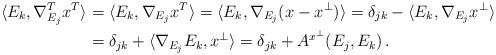
LaTeX: \begin{align*}\langle E_k ,\nabla_{E_j}^T x^T \rangle &= \langle E_k , \nabla_{E_j} x^T \rangle = \langle E_k , \nabla_{E_j} (x-x^{\perp}) \rangle = \delta_{jk} - \langle E_k , \nabla_{E_j} x^{\perp} \rangle \\&= \delta_{jk} +\langle \nabla_{E_j} E_k , x^{\perp} \rangle = \delta_{jk} + A^{x^{\perp}} (E_j , E_k) \, .\end{align*}